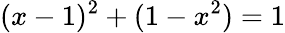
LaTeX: (x-1)^{2}+(1-x^{2})=1